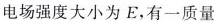
电场强度大小为E，有一质量